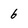
Character: 6